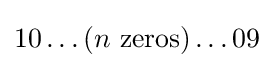
10\ldots (n{\text{ zeros}})\ldots 09